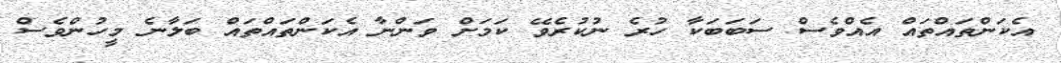
އެކަންތައްތައް އެއްވެސް ސަބަބަކާ ހުރެ ނުކުރެވޭ ކަމަށް ވަންނާ އެކަންތައްތައް ބަލާނެ މީހުންވެސް